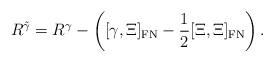
LaTeX: \begin{align*}R^{\tilde{\gamma}}=R^{\gamma}-\left([\gamma,\Xi]_{\operatorname*{FN}} -\frac{1}{2}[\Xi,\Xi]_{\operatorname*{FN}}\right).\end{align*}